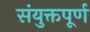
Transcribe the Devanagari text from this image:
संयुक्तपूर्ण